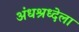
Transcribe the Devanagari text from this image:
अंधश्रध्देला